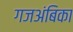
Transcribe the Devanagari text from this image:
गजअंबिका